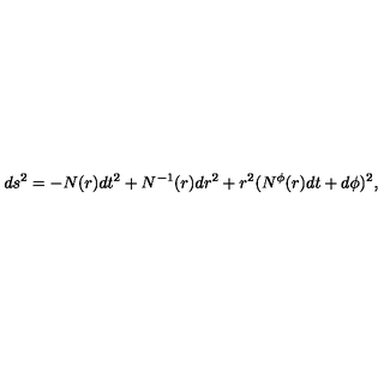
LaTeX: d s ^ { 2 } = - N ( r ) d t ^ { 2 } + N ^ { - 1 } ( r ) d r ^ { 2 } + r ^ { 2 } ( N ^ { \phi } ( r ) d t + d \phi ) ^ { 2 } ,